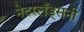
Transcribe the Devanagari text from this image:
नेदरलँड्सनी